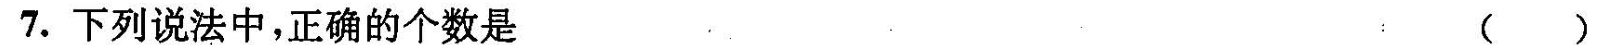
7.下列说法中，正确的个数是( )